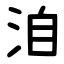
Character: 洎